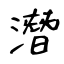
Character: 潛